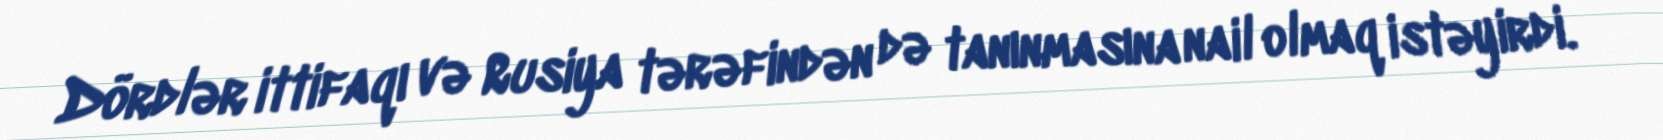
Dördlər ittifaqı və Rusiya tərəfindən də tanınmasına nail olmaq istəyirdi.